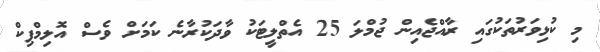
މި ކުޅިވަރުތަކުގައި ރާއްޖެއިން ޖުމްލަ 25 އެތްލީޓަކު ވާދަކުރާނެ ކަމަށް ވެސް އޮލިމްޕިކް